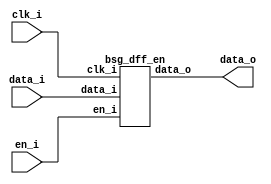


module top
(
  clk_i,
  data_i,
  en_i,
  data_o
);

  input [15:0] data_i;
  output [15:0] data_o;
  input clk_i;
  input en_i;

  bsg_dff_en
  wrapper
  (
    .data_i(data_i),
    .data_o(data_o),
    .clk_i(clk_i),
    .en_i(en_i)
  );


endmodule



module bsg_dff_en
(
  clk_i,
  data_i,
  en_i,
  data_o
);

  input [15:0] data_i;
  output [15:0] data_o;
  input clk_i;
  input en_i;
  wire [15:0] data_o;
  reg data_o_15_sv2v_reg,data_o_14_sv2v_reg,data_o_13_sv2v_reg,data_o_12_sv2v_reg,
  data_o_11_sv2v_reg,data_o_10_sv2v_reg,data_o_9_sv2v_reg,data_o_8_sv2v_reg,
  data_o_7_sv2v_reg,data_o_6_sv2v_reg,data_o_5_sv2v_reg,data_o_4_sv2v_reg,data_o_3_sv2v_reg,
  data_o_2_sv2v_reg,data_o_1_sv2v_reg,data_o_0_sv2v_reg;
  assign data_o[15] = data_o_15_sv2v_reg;
  assign data_o[14] = data_o_14_sv2v_reg;
  assign data_o[13] = data_o_13_sv2v_reg;
  assign data_o[12] = data_o_12_sv2v_reg;
  assign data_o[11] = data_o_11_sv2v_reg;
  assign data_o[10] = data_o_10_sv2v_reg;
  assign data_o[9] = data_o_9_sv2v_reg;
  assign data_o[8] = data_o_8_sv2v_reg;
  assign data_o[7] = data_o_7_sv2v_reg;
  assign data_o[6] = data_o_6_sv2v_reg;
  assign data_o[5] = data_o_5_sv2v_reg;
  assign data_o[4] = data_o_4_sv2v_reg;
  assign data_o[3] = data_o_3_sv2v_reg;
  assign data_o[2] = data_o_2_sv2v_reg;
  assign data_o[1] = data_o_1_sv2v_reg;
  assign data_o[0] = data_o_0_sv2v_reg;

  always @(posedge clk_i) begin
    if(en_i) begin
      data_o_15_sv2v_reg <= data_i[15];
      data_o_14_sv2v_reg <= data_i[14];
      data_o_13_sv2v_reg <= data_i[13];
      data_o_12_sv2v_reg <= data_i[12];
      data_o_11_sv2v_reg <= data_i[11];
      data_o_10_sv2v_reg <= data_i[10];
      data_o_9_sv2v_reg <= data_i[9];
      data_o_8_sv2v_reg <= data_i[8];
      data_o_7_sv2v_reg <= data_i[7];
      data_o_6_sv2v_reg <= data_i[6];
      data_o_5_sv2v_reg <= data_i[5];
      data_o_4_sv2v_reg <= data_i[4];
      data_o_3_sv2v_reg <= data_i[3];
      data_o_2_sv2v_reg <= data_i[2];
      data_o_1_sv2v_reg <= data_i[1];
      data_o_0_sv2v_reg <= data_i[0];
    end 
  end


endmodule